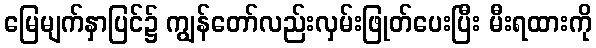
မြေမျက်နှာပြင်၌ ကျွန်တော်လည်းလှမ်းဖြုတ်ပေးပြီး မီးရထားကို